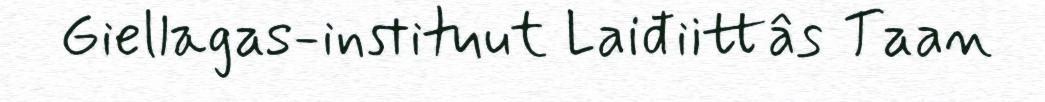
Giellagas-instituut Laiđiittâs Taan